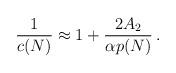
LaTeX: \begin{align*}{1 \over c(N)} \approx 1 + {2 A_2 \over \alpha p(N)} \, .\end{align*}